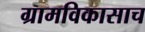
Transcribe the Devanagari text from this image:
ग्रामविकासाच